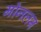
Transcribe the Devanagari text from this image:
मोनलम